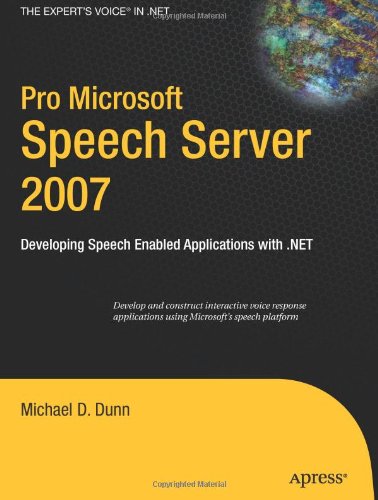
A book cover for Pro Microsoft Speech Server 2007: Developing Speech Enabled Applications with .NET (Expert's Voice in .NET); Michael Dunn; Computers & Technology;